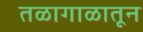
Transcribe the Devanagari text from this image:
तळागाळातून